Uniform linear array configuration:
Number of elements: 8
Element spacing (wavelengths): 0.5
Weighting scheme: blackman
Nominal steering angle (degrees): -15
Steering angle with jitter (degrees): -15.936
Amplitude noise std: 0.05
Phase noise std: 0.05

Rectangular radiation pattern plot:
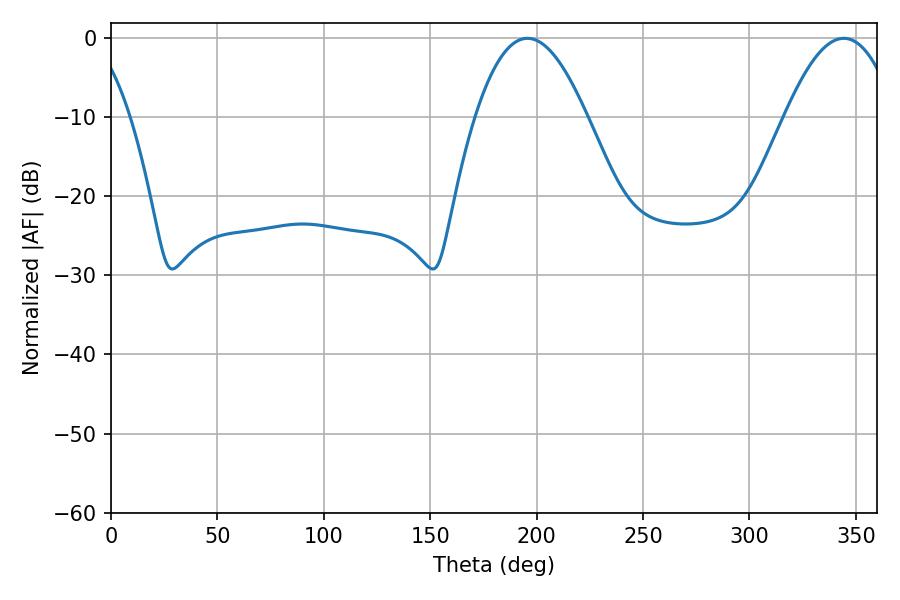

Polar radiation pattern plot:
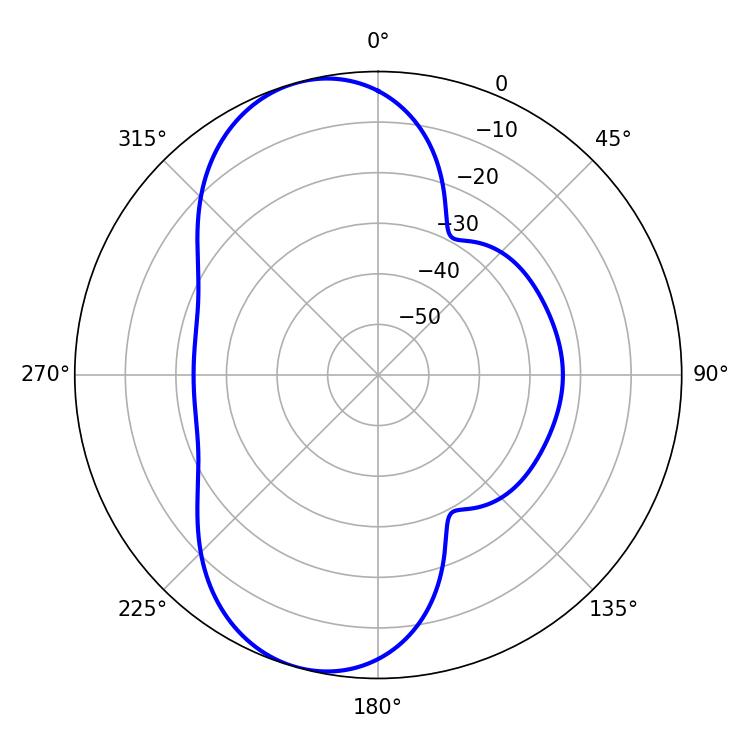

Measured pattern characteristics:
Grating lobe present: FALSE
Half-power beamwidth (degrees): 28.8
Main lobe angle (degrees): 195.66